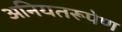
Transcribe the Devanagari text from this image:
अनियतरूपेण